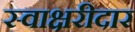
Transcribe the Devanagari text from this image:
स्वाक्षरीदार